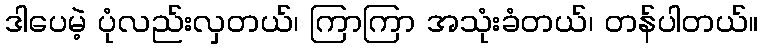
ဒါပေမဲ့ ပုံလည်းလှတယ်၊ ကြာကြာ အသုံးခံတယ်၊ တန်ပါတယ်။